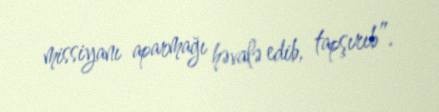
missiyanı aparmağı həvalə edib, tapşırıb”.